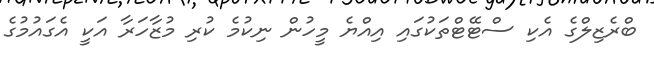
ބްރެޒިލްގެ އެކި ސްޓޭޓްތަކުގައި އިއްޔެ މީހުން ނިކުމެ ކުރި މުޒާހަރާ އަކީ އެގައުމުގެ